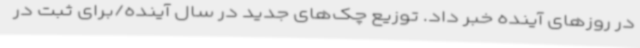
در روزهای آینده خبر داد. توزیع چک‌های جدید در سال آینده/برای ثبت در